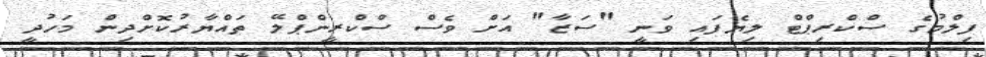
ފިލްމުގެ ސްކްރިޕްޓް ލިޔެފައި ވަނީ "ސަޒާ" އަށް ވެސް ސްކްރީންޕްލޭ ތައްޔާރުކޮށްދިން މަހުދީ